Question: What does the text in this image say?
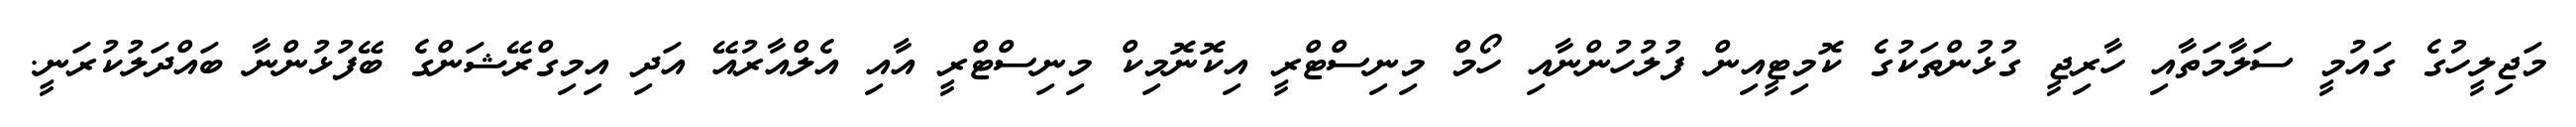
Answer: މަޖިލީހުގެ ގައުމީ ސަލާމަތާއި ހާރިޖީ ގުޅުންތަކުގެ ކޮމިޓީއިން ފުލުހުންނާއި ހޯމް މިނިސްޓްރީ އިކޮނޮމިކް މިނިސްޓްރީ އާއި އެލްއާރުއޭ އަދި އިމިގްރޭޝަންގެ ބޭފުޅުންނާ ބައްދަލުކުރަނީ.